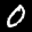
Label: 0